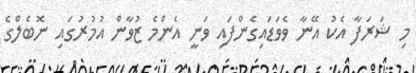
މި ޝަރަފާ އެކު އޭނާ ވެވަޑައިގެންފައި ވަނީ އެންމެ ޒުވާން އުމުރުގައި ނޮބެލްގެ